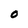
Character: 0